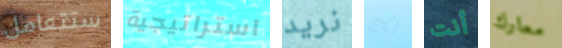
ستتعامل استراتيجية نريد لك أنت معارك